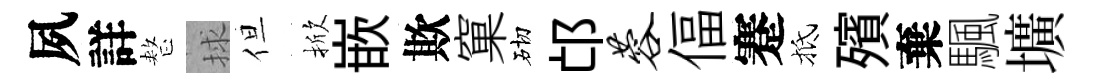
夙詳整捄但掀嵌欺窠砌邙蓉偪蹇抵殯棄颿壙